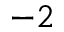
^ { - 2 }